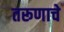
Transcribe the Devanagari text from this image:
तरूणाचे